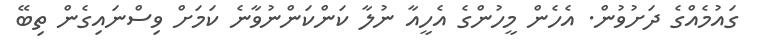
ގައުމެއްގެ ދަށުވުން. އެހެން މީހުންގެ އެހީއާ ނުލާ ކަންކަންނުވާނެ ކަމަށް ވިސްނައިގެން ތިބޭ